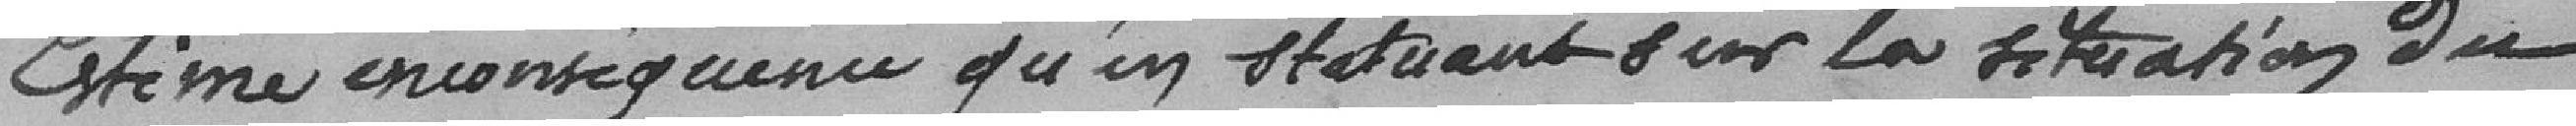
Estime en conséquence qu'un statuant sur la situation du